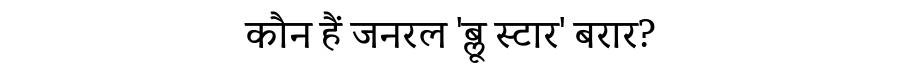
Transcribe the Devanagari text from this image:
कौन हैं जनरल 'ब्लू स्टार' बरार?